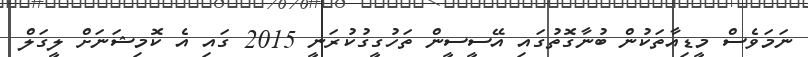
ނަަމަވެސް މީޑިއާތަކުން ބުނާގޮތުގައި އޭސީސީން ތަހުގީގުކުރަނީ 2015 ގައި އެ ކޮމިޝަނަށް ލީގަލް